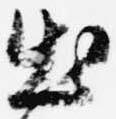
出